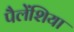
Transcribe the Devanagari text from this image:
पैलेंशिया